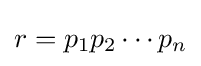
r=p_{1}p_{2}\cdots p_{n}